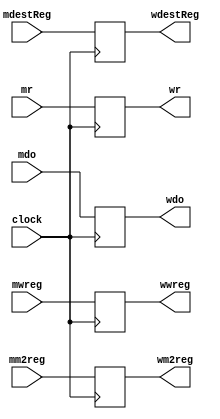
`timescale 1ns / 1ps
//////////////////////////////////////////////////////////////////////////////////
// Company: 
// Engineer: 
// 
// Design Name: 
// Module Name: memwbPipelineReg
// Project Name: 
// Target Devices: 
// Tool Versions: 
// Description: 
// 
// Dependencies: 
// 
// Revision:
// Revision 0.01 - File Created
// Additional Comments:
// 
//////////////////////////////////////////////////////////////////////////////////


module memwbPipelineReg(
    input mwreg,
    input mm2reg,
    input [4:0] mdestReg,
    input [31:0] mr,
    input [31:0] mdo,
    input clock,
    output reg wwreg,
    output reg wm2reg,
    output reg [4:0] wdestReg,
    output reg [31:0] wr,
    output reg [31:0] wdo
    );
    
    always @(posedge clock) begin
        wwreg = mwreg;
        wm2reg = mm2reg;
        wdestReg <= mdestReg;
        wr = mr;
        wdo = mdo;
    end
endmodule